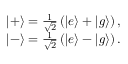
\begin{array} { r } { | + \rangle = \frac { 1 } { \sqrt { 2 } } \left( | e \rangle + | g \rangle \right) , } \\ { | - \rangle = \frac { 1 } { \sqrt { 2 } } \left( | e \rangle - | g \rangle \right) . } \end{array}